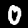
Label: 0